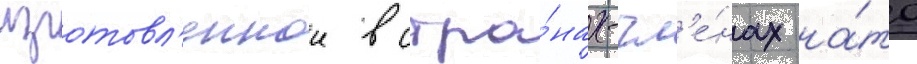
изготовл'еннои в стра́нах-чл'е́нах на́то